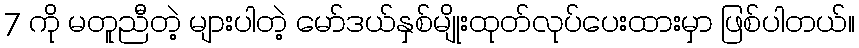
7 ကို မတူညီတဲ့ များပါတဲ့ မော်ဒယ်နှစ်မျိုးထုတ်လုပ်ပေးထားမှာ ဖြစ်ပါတယ်။